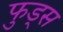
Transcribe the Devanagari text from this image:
फुड्स